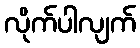
လိုက်ပါလျက်